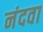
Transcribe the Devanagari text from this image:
नंदवा